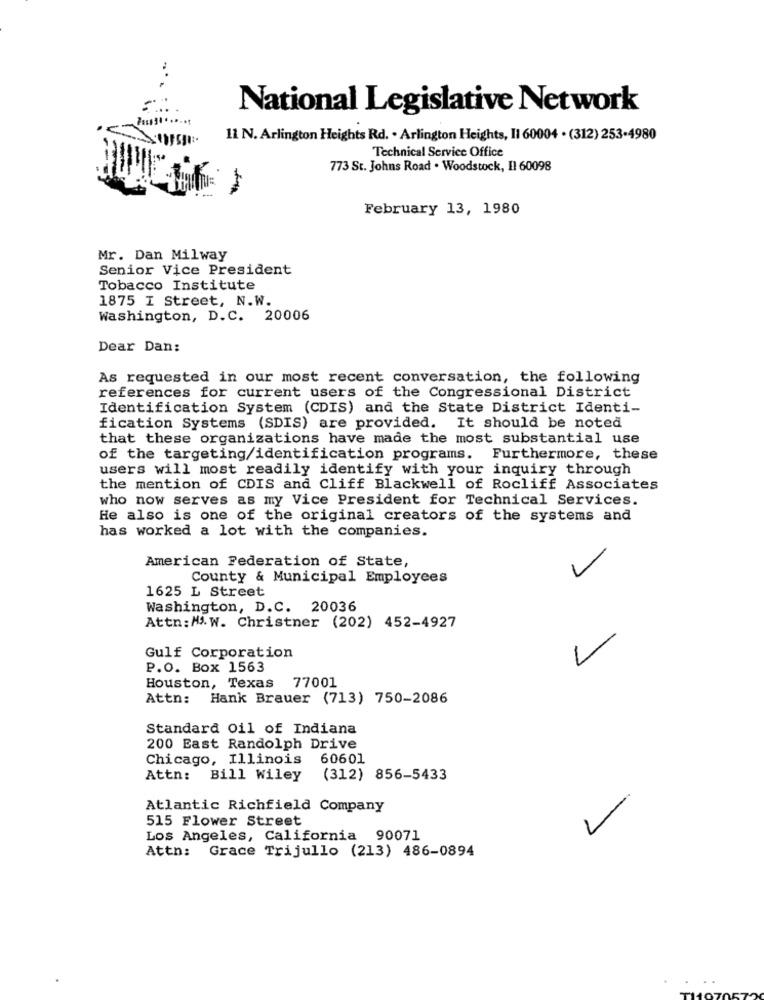
National Legislative Network
11 N. Arlington Heights Rd. . Arlington Heights, Il 60004 . (312) 253.4980
Technical Service Office
773 St. Johns Road . Woodstock, Il 60098
February 13, 1980
Mr. Dan Milway
Senior Vice President
Tobacco Institute
1875 I Street, N.W.
Washington, D.C. 20006
Dear Dan:
As requested in our most recent conversation, the following
references for current users of the Congressional District
Identification System (CDIS) and the State District Identi-
fication Systems (SDIS) are provided.
It should be noted
that these organizations have made the most substantial use
of the targeting/identification programs. Furthermore, these
users will most readily identify with your inquiry through
the mention of CDIS and Cliff Blackwell of Rocliff Associates
who now serves as my Vice President for Technical Services.
He also is one of the original creators of the systems and
has worked a lot with the companies.
American Federation of State,
County & Municipal Employees
1625 L Street
Washington, D.C. 20036
Attn:M .. W. Christner (202) 452-4927
Gulf Corporation
1
P.O. Box 1563
Houston, Texas 77001
Attn:
Hank Brauer (713) 750-2086
Standard Oil of Indiana
200 East Randolph Drive
Chicago, Illinois
60601
Attn:
Bill Wiley
(312) 856-5433
Atlantic Richfield Company
515 Flower Street
Los Angeles, California 90071
Attn: Grace Trijullo (213) 486-0894